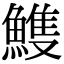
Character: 𩹹